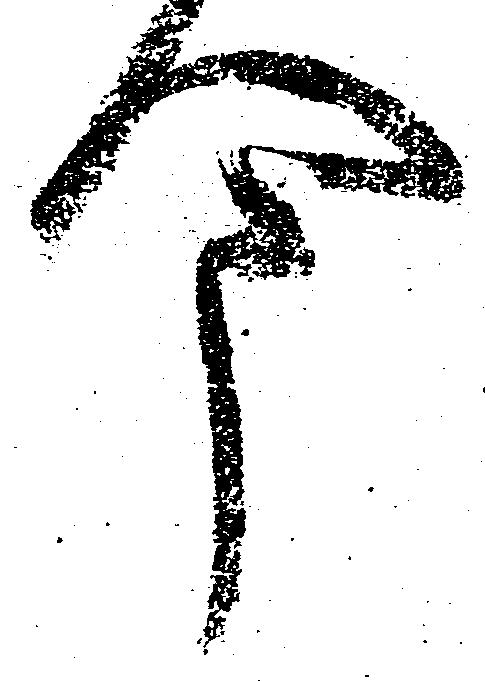
今